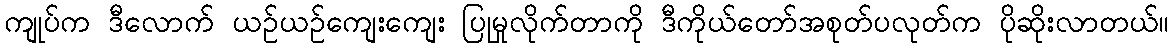
ကျုပ်က ဒီလောက် ယဉ်ယဉ်ကျေးကျေး ပြုမှုလိုက်တာကို ဒီကိုယ်တော်အစုတ်ပလုတ်က ပိုဆိုးလာတယ်။